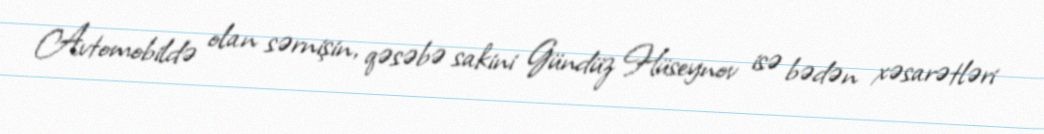
Avtomobildə olan sərnişin, qəsəbə sakini Gündüz Hüseynov isə bədən xəsarətləri